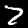
Digit: 7